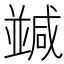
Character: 𠁝